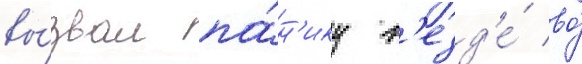
вы́звал па́н'ику в'езд'е́ во́